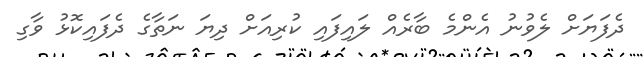
ދެފަޔަށް ލެވުނު އެންމެ ބާރެއް ލައިފައި ކުރިއަށް ދިޔަ ނަތާގެ ދެފައިކޮޅު ވާގި